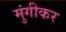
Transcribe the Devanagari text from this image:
मुंगीकर